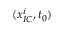
( \boldsymbol { x } _ { I C } ^ { i } , t _ { 0 } )